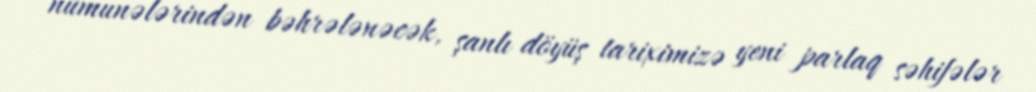
nümunələrindən bəhrələnəcək, şanlı döyüş tariximizə yeni parlaq səhifələr